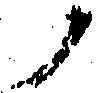
ノ